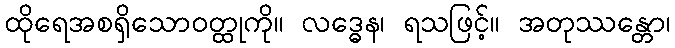
ထိုရေအစရှိသောဝတ္ထုကို။ လဒ္ဓေန၊ ရသဖြင့်။ အတုဿန္တော၊